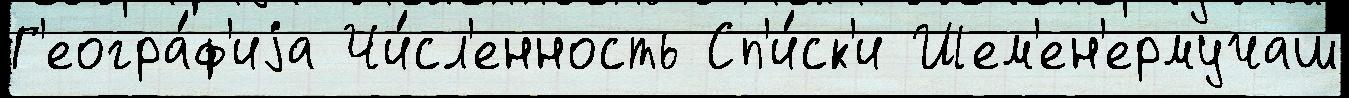
Г'еогра́ф'иjа Чи́сл'енность Сп'и́ск'и Шем'ен'ермучаш